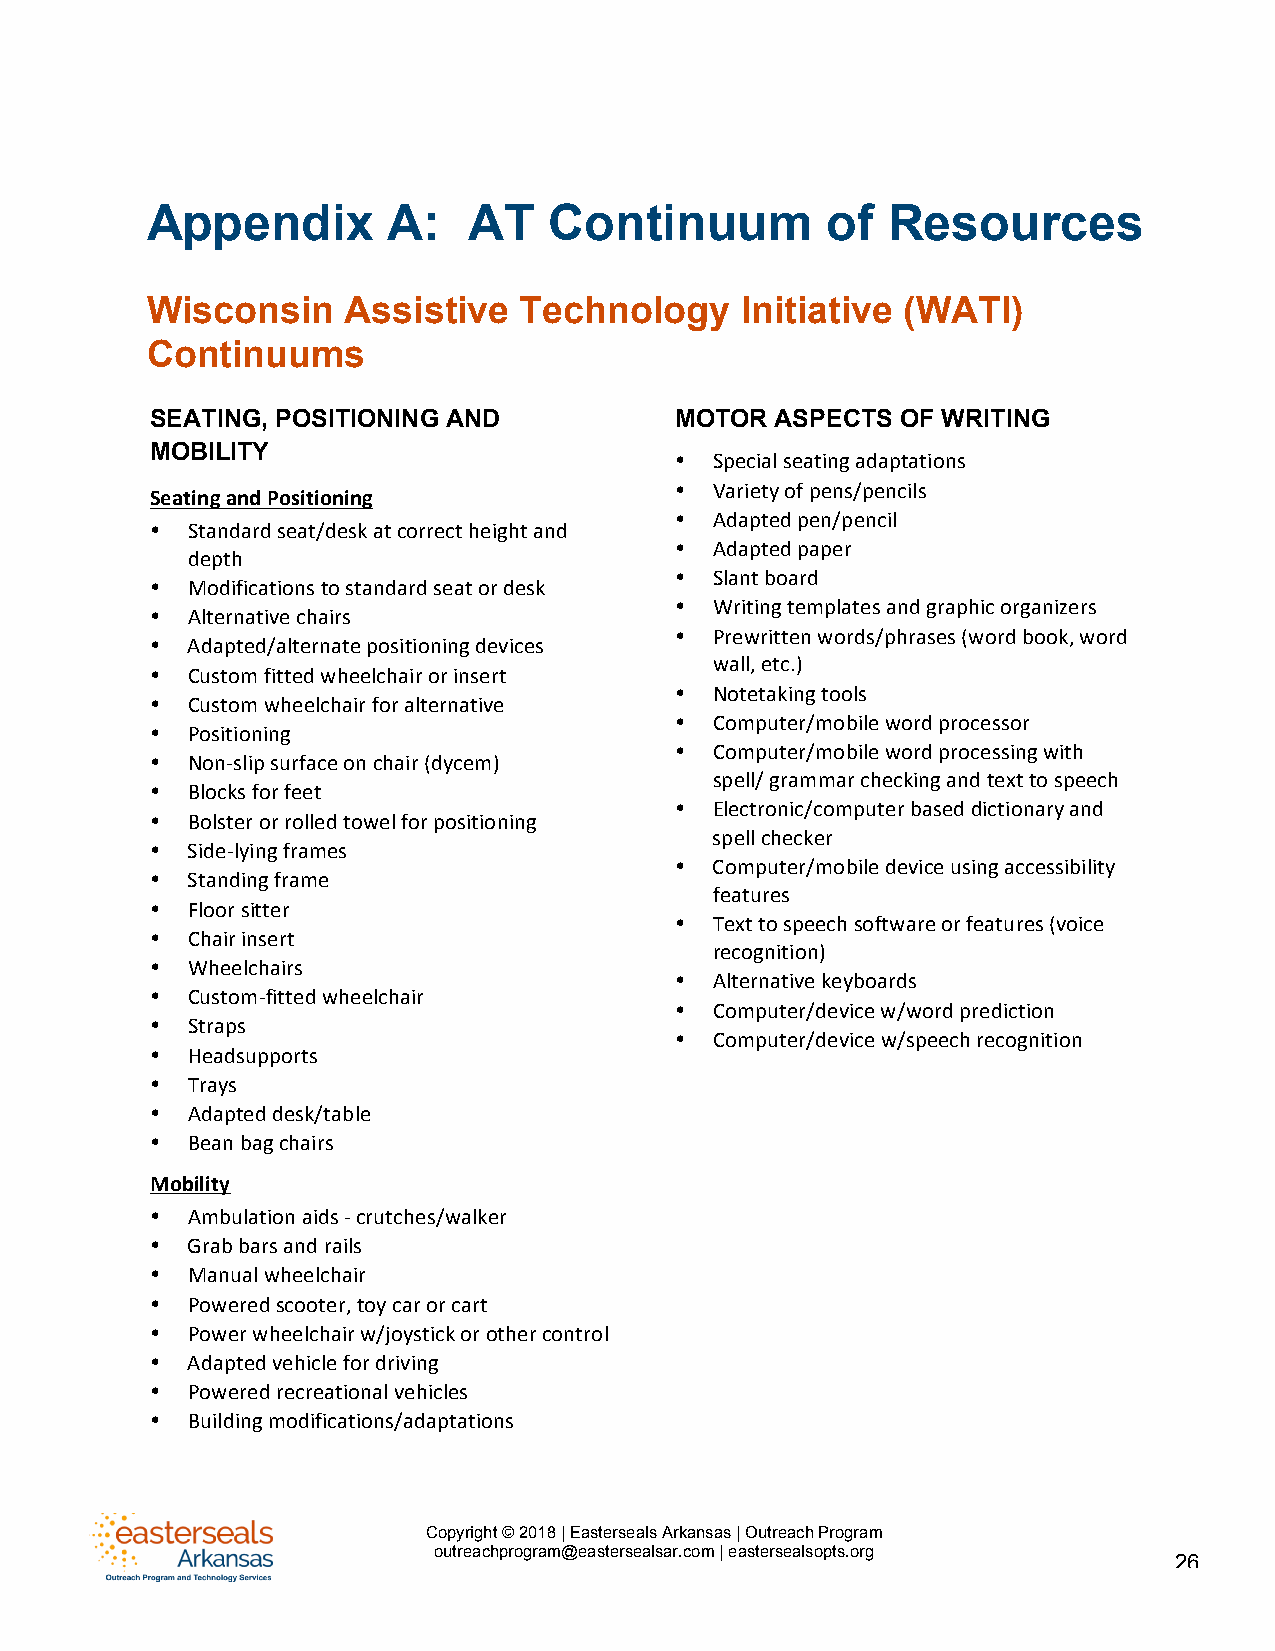
Appendix        A:   AT   Continuum          of  Resources
 Wisconsin    Assistive  Technology     Initiative (WATI)
 Continuums
 SEATING, POSITIONING AND           MOTOR ASPECTS  OF WRITING
 MOBILITY
 • Special seating adaptations
 Seating and Positioning
 • Variety of pens/pencils
 • Adapted pen/pencil
 • Standard seat/desk at correct height and
 • Adapted paper
 depth
 • Slant board
 • Modifications to standard seat or desk
 • Writing templates and graphic organizers
 • Alternative chairs
 • Prewritten words/phrases (word book, word
 • Adapted/alternate positioning devices
 wall, etc.)
 • Custom fitted wheelchair or insert
 • Notetaking tools
 • Custom wheelchair for a lternative
 • Computer/mobile word p rocessor
 • Positioning
 • Computer/mobile word p rocessing with
 • Non-slip surface on chair (dycem)
 spell/ grammar checking and text to speech
 • Blocks for feet
 • Electronic/computer based dictionary and
 • Bolster or rolled towel for positioning
 spell checker
 • Side-lying frames
 • Computer/mobile device using accessibility
 • Standing frame
 features
 • Floor sitter
 • Text to speech software or features (voice
 • Chair insert
 recognition)
 • Wheelchairs
 • Alternative keyboards
 • Custom-fitted wheelchair
 • Computer/device w/word prediction
 • Straps
 • Computer/device w/speech recognition
 • Headsupports
 • Trays
 • Adapted desk/table
 • Bean bag chairs
 Mobility
 • Ambulation aids - crutches/walker
 • Grab bars and rails
 • Manual wheelchair
 • Powered scooter, toy car or cart
 • Power wheelchair w/joystick or other control
 • Adapted vehicle for driving
 • Powered recreational vehicles
 • Building modifications/adaptations
 Copyright © 2018 | Easterseals Arkansas | Outreach Program
 outreachprogram@eastersealsar.com | eastersealsopts.org
 26